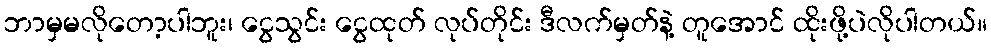
ဘာမှမလိုတော့ပါဘူး၊ ငွေသွင်း ငွေထုတ် လုပ်တိုင်း ဒီလက်မှတ်နဲ့ တူအောင် ထိုးဖို့ပဲလိုပါတယ်။